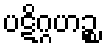
ပဋိဂ္ဂဟဉ္စ